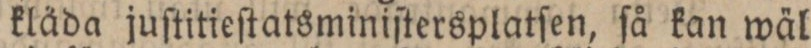
kläda juſtitieſtatsminiſtersplatſen, ſå kan wäl